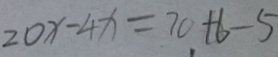
2 0 x - 4 x = 7 0 + 6 - 5